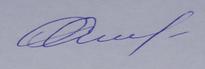
Signature authenticity: genuine